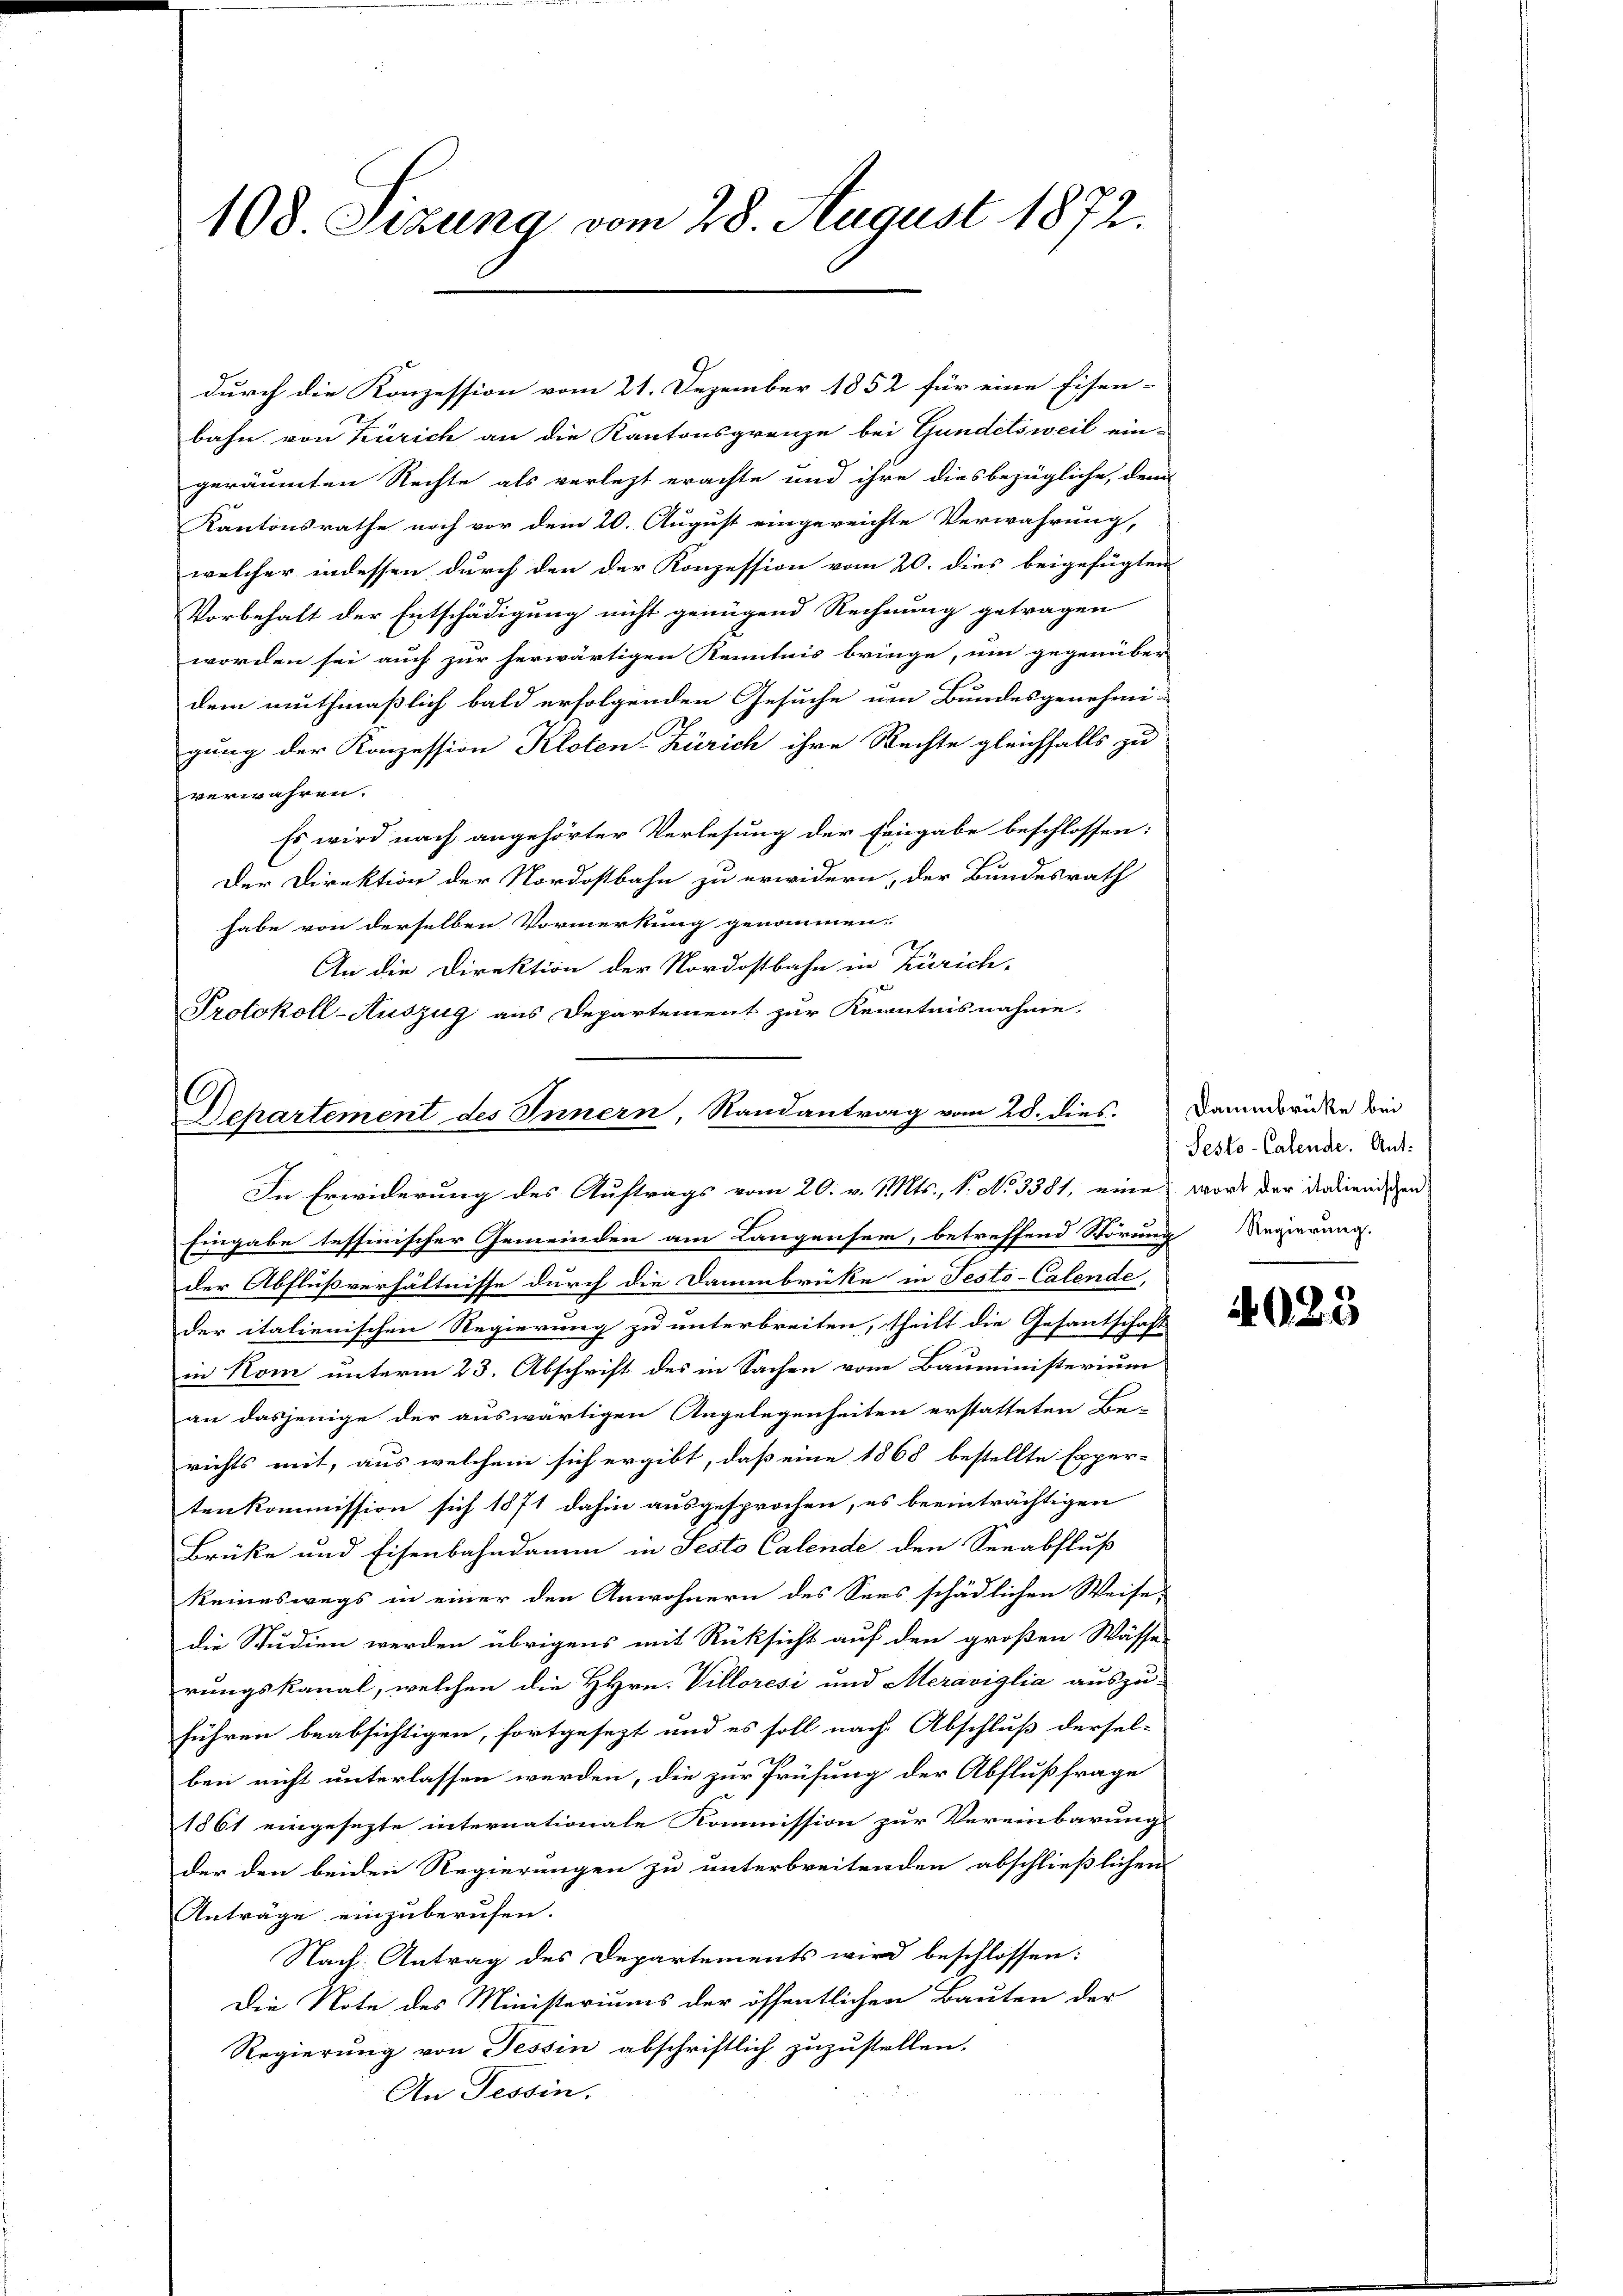
108 Sizung vom 28. August 1872.

bahn von Zürich an die Kantonsgrenze bei Gundelsweil ein-
geräumten Rechte als verlegt erachte und ihre diesbezügliche, dem
Kantonsrathe noch vor dem 20. August eingereichte Verwahrung,
welcher indessen durch den der Konzession vom 20. dies beigefügten
Vorbehalt der Entschädigung nicht genügend Rechnung getragen
worden sei auch zur herwärtigen Kenntnis bringe, um gegenüber
dem muthmaßlich bald erfolgenden Gesuche um Bundesgenehmi-
gung der Konzession Kloten Zürich ihre Rechte gleichfalls zu
verwahren.
Es wird nach angehörter Verlesung der Eingabe beschlossen:
Der Direktion der Nordostbahn zu erwidern, der Bundesrath
habe von derselben Vormerkung genommen.
An die Direktion der Nordostbahn in Zürich,
Protokoll-Auszug aus Departement zur Kenntnisnahme.
Departement des Innern, Randantrag vom 28. dies

durch die Konzession vom 21. Dezember 1852 für eine Eisen-

In Erwiderung des Auftrags vom 20. v. Mts., N. No 3381, eine worde der dedienischen

Eingabe tessinischer Gemeinden am Langensein, betreffend Störung Regierung.
der Abflußverhältnisse durch die Dammbrüke in Testö-Calende,
der italienischen Regierung zu unterbreiten, theilt die Gesantschaft
in Nom unterm 23. Abschrift des in Sachen vom Bauministerium
an dasjenige der auswärtigen Angelegenheiten erstatteten Be-
richts mit, aus welchem sich ergibt, daß eine 1868 bestellte Exper-
tenkommission sich 1871 dahin ausgesprochen, es beeinträchtigen
Brüke und Eisenbahndamm in Festo Calende den Seeabfluß
keineswegs in einer den Anwohnern des Sees schädlichen Weise
die Studien werden übrigens mit Rücksicht auf den großen Wasse
rungskanal, welchen die HHrn. Villoresi und Meraviglia auszu-
führen beabsichtigen, fortgesezt und es soll nach Abschluß dersel-
ben nicht unterlassen werden, die zur Prüfung der Abflußfrage
1861 eingesezte internationale Kommission zur Vereinbarung
der den beiden Regierungen zu unterbreitenden abschließlichen
Anträge einzuberufen.
Nach Antrag des Departements wird beschlossen:
Die Note des Ministeriums der öffentlichen Bauten der
Regierung von Tessin abschriftlich zuzustellen.
An Tessin.

Dammbrücke bei
Sesto-Calende. Ant:

4025